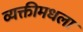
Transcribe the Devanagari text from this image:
व्यक्तीमधला